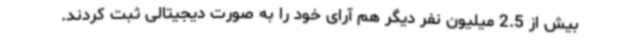
بیش از 2.5 میلیون نفر دیگر هم آرای خود را به صورت دیجیتالی ثبت کردند.